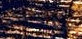
مهمتي